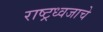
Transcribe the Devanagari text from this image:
राष्ट्रध्वजाचे